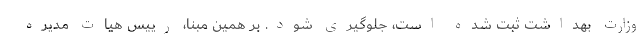
وزارت بهداشت ثبت شده است، جلوگیری شود. بر همین مبنا، رییس هیات مدیره